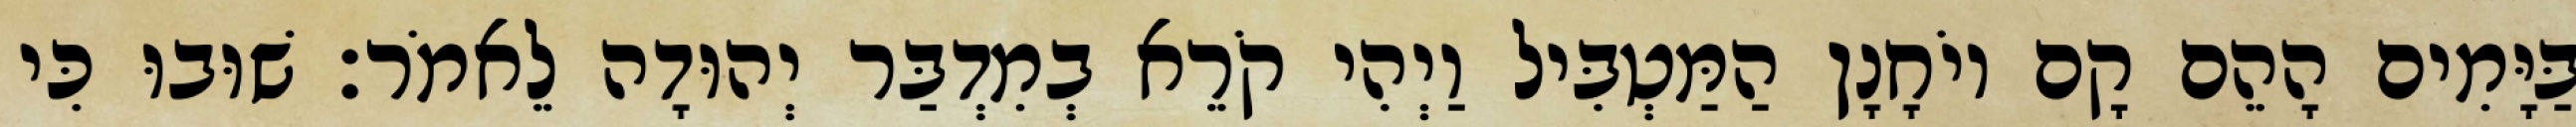
בַּיָּמִים הָהֵם קָם יוֹחָנָן הַמַּטְבִּיל וַיְהִי קֹרֵא בְמִדְבַּר יְהוּדָה לֵאמֹר׃ שׁוּבוּ כִּי